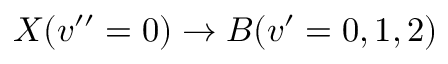
X ( v ^ { \prime \prime } = 0 ) \rightarrow B ( v ^ { \prime } = 0 , 1 , 2 )